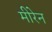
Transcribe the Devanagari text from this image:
मीरेन